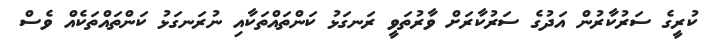
ކުރީގެ ސަރުކާރުން އަދުގެ ސަރުކާރަށް ވާރުތަވީ ރަނގަޅު ކަންތައްތަކާއި ނުރަނގަޅު ކަންތައްތަކެއް ވެސް